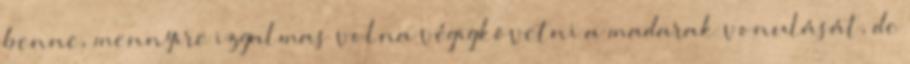
benne, mennyire izgalmas volna végigkövetni a madarak vonulását, de